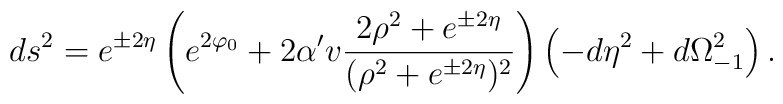
ds^2= e^{\pm 2\eta} \left( e^{2\varphi_0}+      2\alpha' v\frac{2\rho^2+e^{\pm 2\eta}}{(\rho^2+e^{\pm 2\eta})^2}\right)      \left(-d\eta^2 + d\Omega^2_{-1}\right).